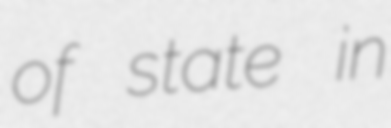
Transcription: of state in